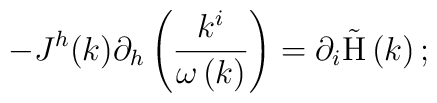
-J^h(k)\partial _h\left( \frac{k^i}{\omega \left( k\right) }\right)=\partial _i{\rm \tilde H}\left( k\right) ;